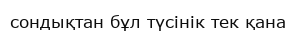
сондықтан бұл түсінік тек қана